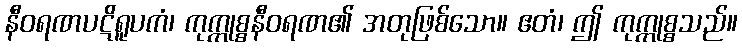
နီဝရဏပဋိရူပကံ၊ ကုက္ကုစ္စနီဝရဏ၏ အတုဖြစ်သော။ ဧတံ၊ ဤ ကုက္ကုစ္စသည်။